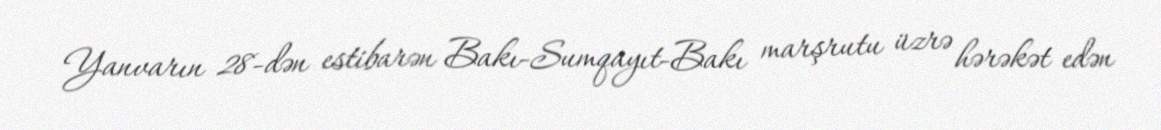
Yanvarın 28-dən estibarən Bakı-Sumqayıt-Bakı marşrutu üzrə hərəkət edən